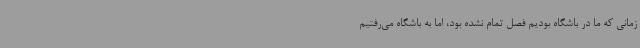
زمانی که ما در باشگاه بودیم فصل تمام نشده بود، اما به باشگاه می‌رفتیم